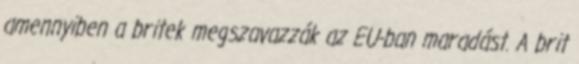
amennyiben a britek megszavazzák az EU-ban maradást. A brit